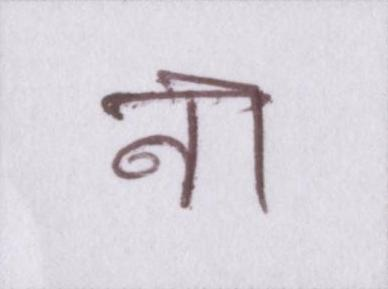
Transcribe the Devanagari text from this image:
ना